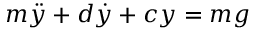
m { \ddot { y } } + d { \dot { y } } + c y = m g